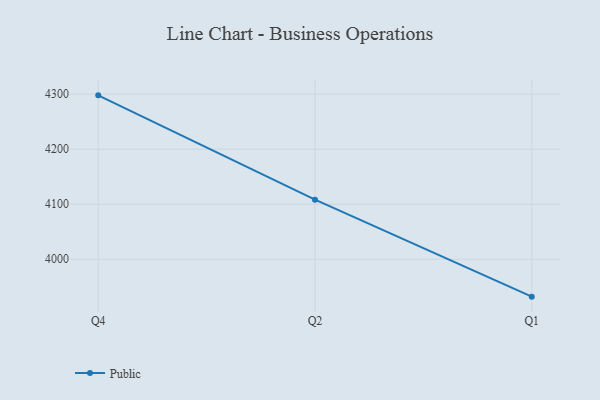
{"axis": {"x": "Quarter", "y": "Churn Rate (%)"}, "legend": ["Public"], "data": [{"x": "Q4", "y": 4297.8, "type": "Public"}, {"x": "Q2", "y": 4108.3, "type": "Public"}, {"x": "Q1", "y": 3932.0, "type": "Public"}]}